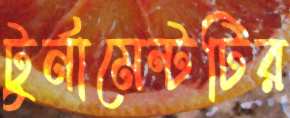
টুর্নামেন্টটির